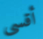
أقسى